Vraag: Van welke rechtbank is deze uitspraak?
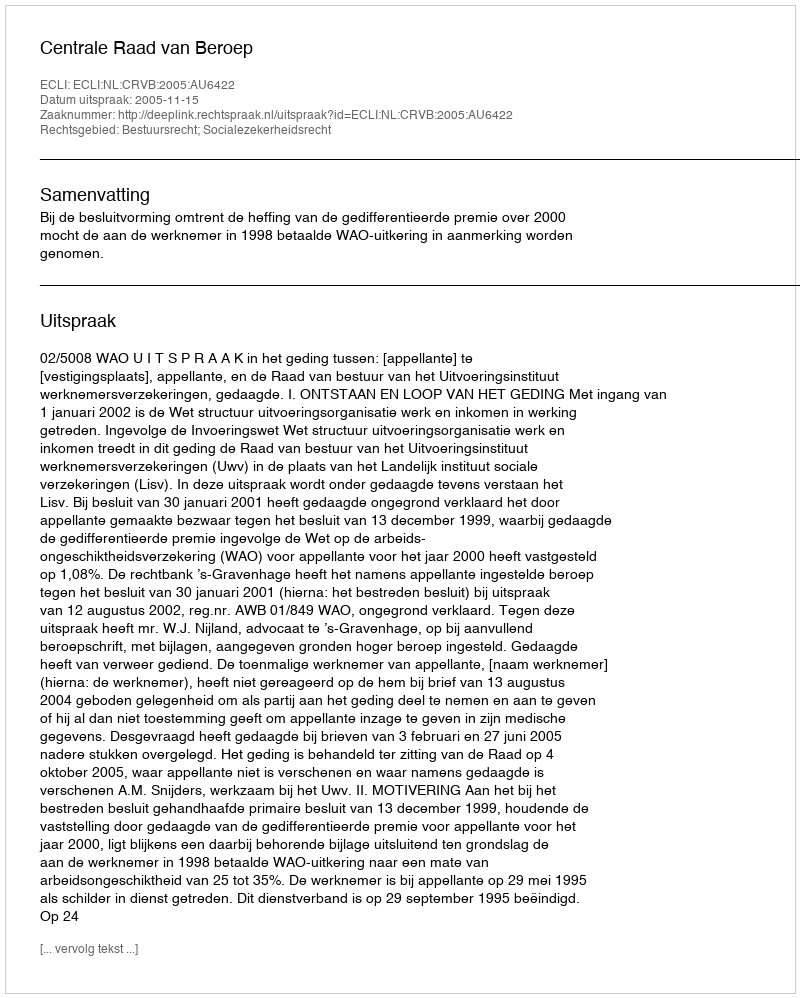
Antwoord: Centrale Raad van Beroep